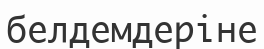
белдемдеріне